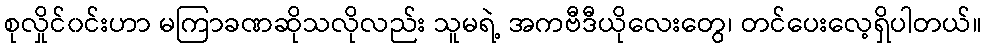
စုလှိုင်၀င်းဟာ မကြာခဏဆိုသလိုလည်း သူမရဲ့ အကဗီဒီယိုလေးတွေ၊ တင်ပေးလေ့ရှိပါတယ်။